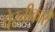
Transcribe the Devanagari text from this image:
पेरतीकारी